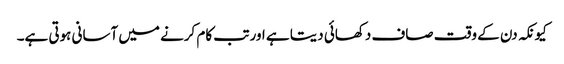
کیونکہ دن کے وقت صاف دکھائی دیتا ہے اور تب کام کرنے میں آسانی ہوتی ہے۔